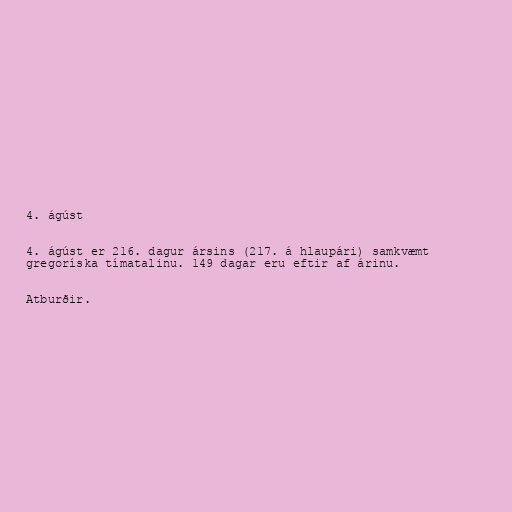
4. ágúst

4. ágúst er 216. dagur ársins (217. á hlaupári) samkvæmt
gregoríska tímatalinu. 149 dagar eru eftir af árinu.

Atburðir.